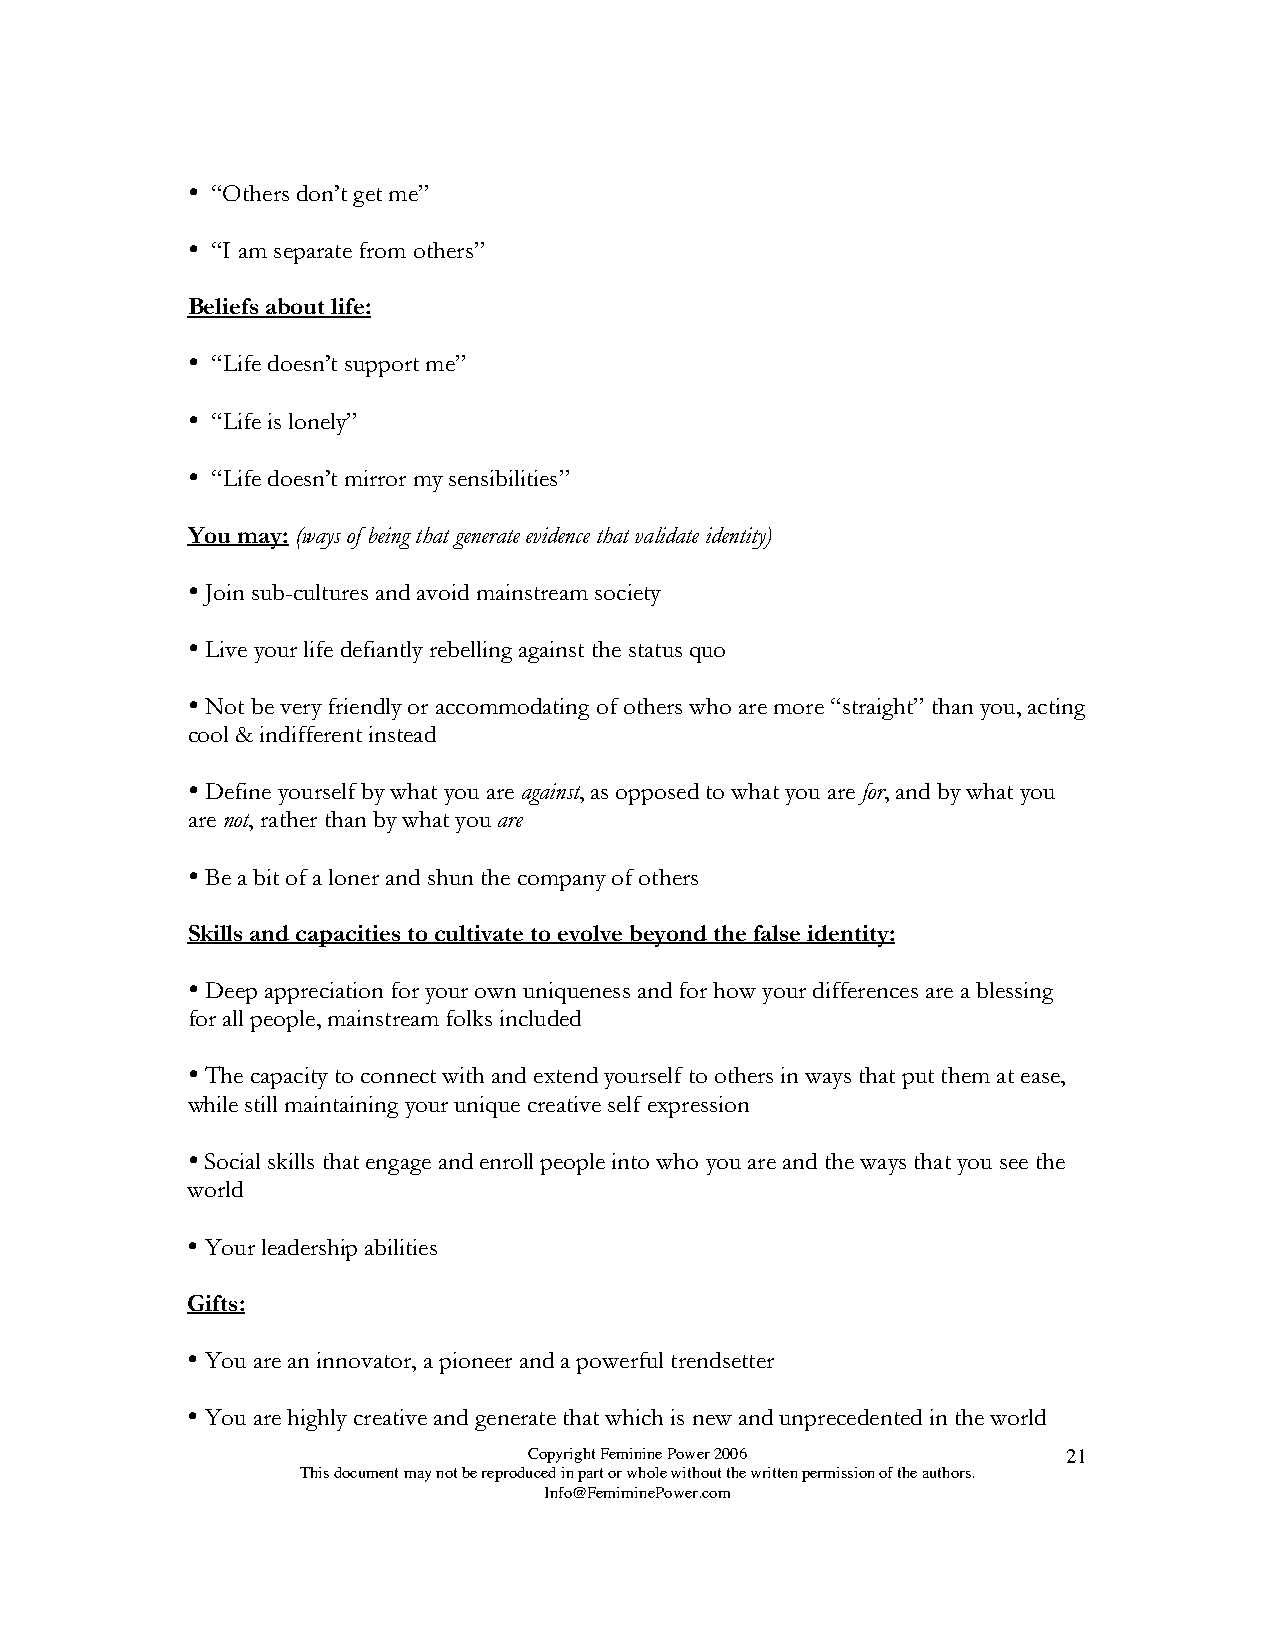

 “Others don’t get me”
 
 “I am separate from others”
 Beliefs about life:
 
 “Life doesn’t support me”
 
 “Life is lonely”
 
 “Life doesn’t mirror my sensibilities”
 You may: (ways of being that generate evidence that validate identity)
 
 Join sub-cultures and avoid mainstream society
 
 Live your life defiantly rebelling against the status quo
 
 Not be very friendly or accommodating of others who are more “straight” than you, acting
 cool & indifferent instead
 
 Define yourself by what you are against, as opposed to what you are for, and by what you
 are not, rather than by what you are
 
 Be a bit of a loner and shun the company of others
 Skills and capacities to cultivate to evolve beyond the false identity:
 
 Deep appreciation for your own uniqueness and for how your differences are a blessing
 for all people, mainstream folks included
 
 The capacity to connect with and extend yourself to others in ways that put them at ease,
 while still maintaining your unique creative self expression
 
 Social skills that engage and enroll people into who you are and the ways that you see the
 world
 
 Your leadership abilities
 Gifts:
 
 You are an innovator, a pioneer and a powerful trendsetter
 
 You are highly creative and generate that which is new and unprecedented in the world
 Copyright Feminine Power 2006       21
 This document may not be reproduced in part or whole without the written permission of the authors.
 Info@FemiminePower.com